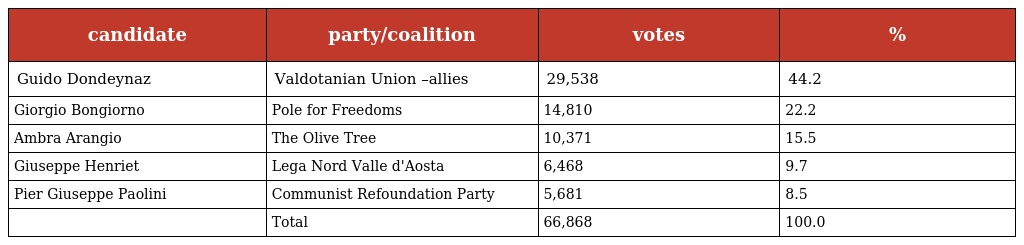
| candidate | party/coalition | votes | % |
 | --- | --- | --- | --- |
 | Guido Dondeynaz | Valdotanian Union –allies | 29,538 | 44.2 |
 | Giorgio Bongiorno | Pole for Freedoms | 14,810 | 22.2 |
 | Ambra Arangio | The Olive Tree | 10,371 | 15.5 |
 | Giuseppe Henriet | Lega Nord Valle d'Aosta | 6,468 | 9.7 |
 | Pier Giuseppe Paolini | Communist Refoundation Party | 5,681 | 8.5 |
 |  | Total | 66,868 | 100.0 |